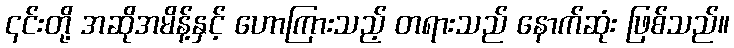
၎င်းတို့ အဆိုအမိန့်နှင့် ဟောကြားသည့် တရားသည် နောက်ဆုံး ဖြစ်သည်။